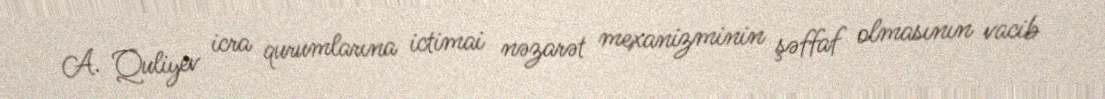
A. Quliyev icra qurumlarına ictimai nəzarət mexanizminin şəffaf olmasının vacib